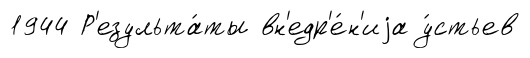
1944 Р'езульта́ты вн'едр'е́н'иjа у́стьев